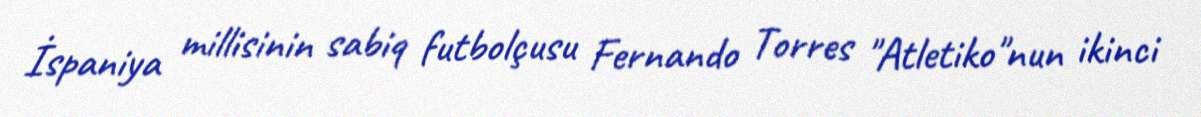
İspaniya millisinin sabiq futbolçusu Fernando Torres "Atletiko"nun ikinci